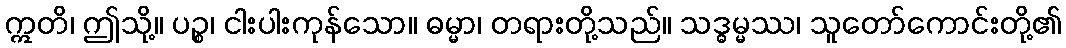
ဣတိ၊ ဤသို့။ ပဉ္စ၊ ငါးပါးကုန်သော။ ဓမ္မာ၊ တရားတို့သည်။ သဒ္ဓမ္မဿ၊ သူတော်ကောင်းတို့၏